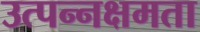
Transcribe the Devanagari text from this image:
उत्पन्नक्षमता